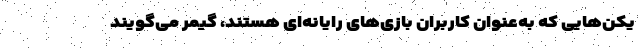
یکن‌هایی که به‌عنوان کاربران بازی‌های رایانه‌ای هستند، گیمر می‌گویند